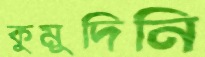
কুমুদিনি